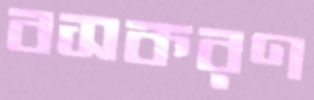
বসকরণ